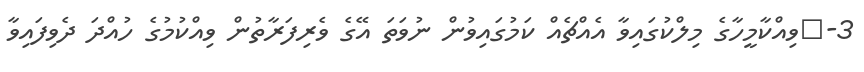
3-	ވިއްކާމީހާގެ މިލްކުގައިވާ އެއްޗެއް ކަމުގައިވުން ނުވަތަ އޭގެ ވެރިފަރާތުން ވިއްކުމުގެ ހުއްދަ ދެވިފައިވާ